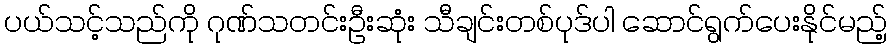
ပယ်သင့်သည်ကို ဂုဏ်သတင်းဦးဆုံး သီချင်းတစ်ပုဒ်ပါ ဆောင်ရွက်ပေးနိုင်မည့်